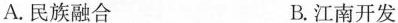
A.民族融合 B.江南开发